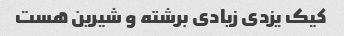
کیک یزدی زیادی برشته و شیرین هست